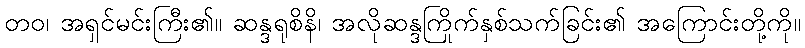
တဝ၊ အရှင်မင်းကြီး၏။ ဆန္ဒရုစိနိ၊ အလိုဆန္ဒကြိုက်နှစ်သက်ခြင်း၏ အကြောင်းတို့ကို။